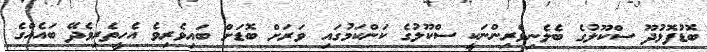
ބޮޑުފޮޅުދޫ ސްކޫލުގެ ބެލެނިވެރިންނަކީ ސްކޫލުގެ ކަންކަމުގައި ވަަރަށް ބޮޑަށް ބައިވެރިވެ އެހީތެރިވެދޭ ބައެއްގެ